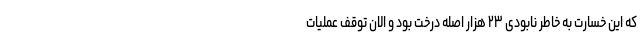
که این خسارت به خاطر نابودی ۲۳ هزار اصله درخت بود و الان توقف عملیات